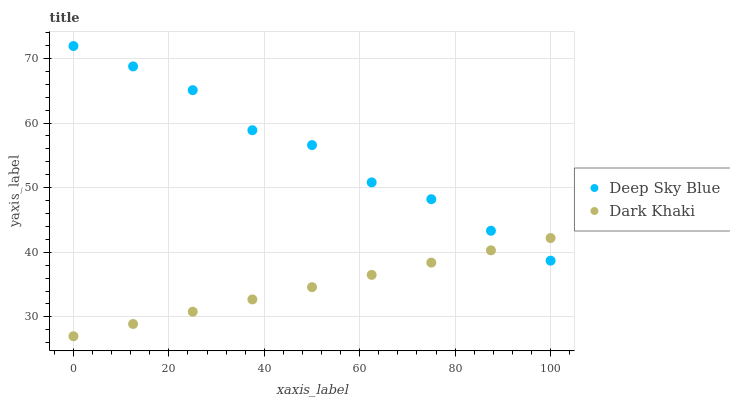
| xaxis_label | Deep Sky Blue | Dark Khaki |
 | --- | --- | --- |
 | 0 | 71.9 | 27 |
 | 12.5 | 68.8 | 28.9 |
 | 25 | 65.1 | 30.8 |
 | 37.5 | 58.9 | 32.7 |
 | 50 | 56.6 | 34.6 |
 | 62.5 | 50.8 | 36.5 |
 | 75 | 48.2 | 38.4 |
 | 87.5 | 43.3 | 40.3 |
 | 100 | 38.7 | 42.2 |